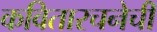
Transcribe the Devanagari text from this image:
कवितारचनेची